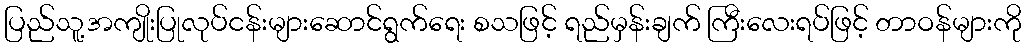
ပြည်သူ့အကျိုးပြုလုပ်ငန်းများဆောင်ရွက်ရေး စသဖြင့် ရည်မှန်းချက် ကြီးလေးရပ်ဖြင့် တာဝန်များကို